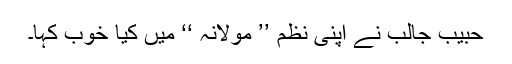
حبیب جالب نے اپنی نظم ’’ مولانہ ‘‘ میں کیا خوب کہا۔